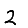
Digit: 2